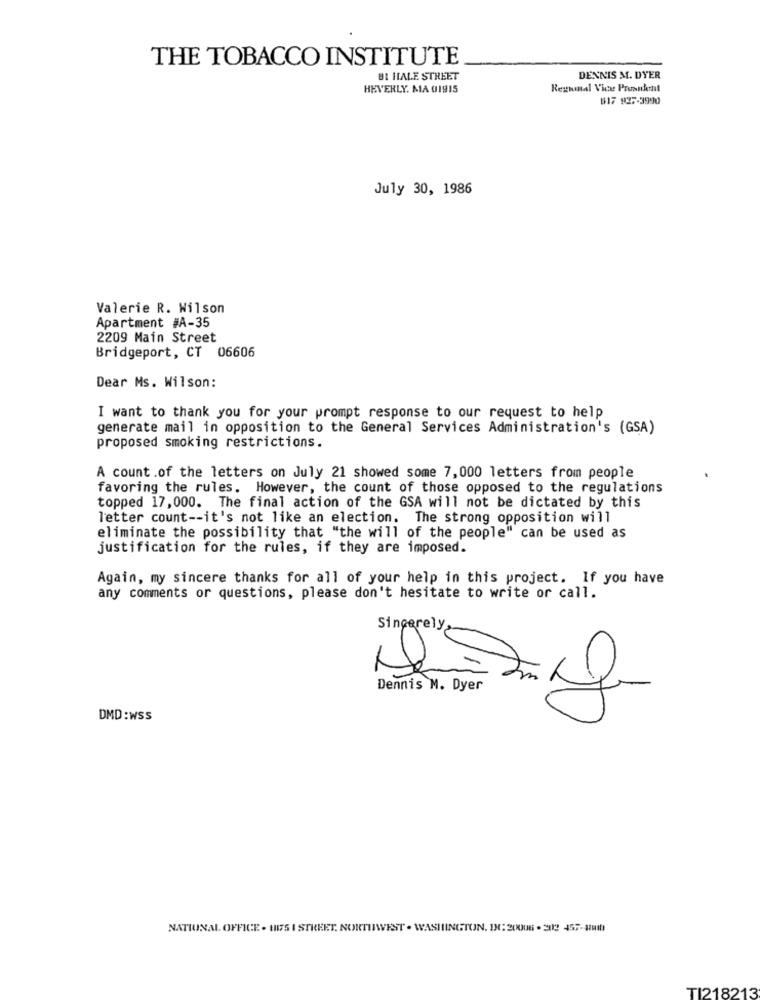
THE TOBACCO INSTITUTE
BI HALE STREET
DENNIS M. DYER
BEVERLY. MA 01915
Rezumnal Vice President
$17 825-3990
July 30, 1986
Valerie R. Wilson
Apartment #A-35
2209 Main Street
Bridgeport, CT 06606
Dear Ms. Wilson:
I want to thank you for your prompt response to our request to help
generate mail in opposition to the General Services Administration's (GSA)
proposed smoking restrictions.
A count .of the letters on July 21 showed some 7,000 letters from people
favoring the rules. However, the count of those opposed to the regulations
topped 17,000. The final action of the GSA will not be dictated by this
letter count -- it's not like an election. The strong opposition will
eliminate the possibility that "the will of the people" can be used as
justification for the rules, if they are imposed.
Again, my sincere thanks for all of your help in this project. If you have
any comments or questions, please don't hesitate to write or call.
Sincerely
Dennis M. Dyer
DMD:wSS
NATIONAL OFFICE - HITS I STREET. NORTHWEST . WASHINGTON. IN: 20006 . 3812 457-8810
TI218213